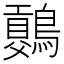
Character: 𪅷